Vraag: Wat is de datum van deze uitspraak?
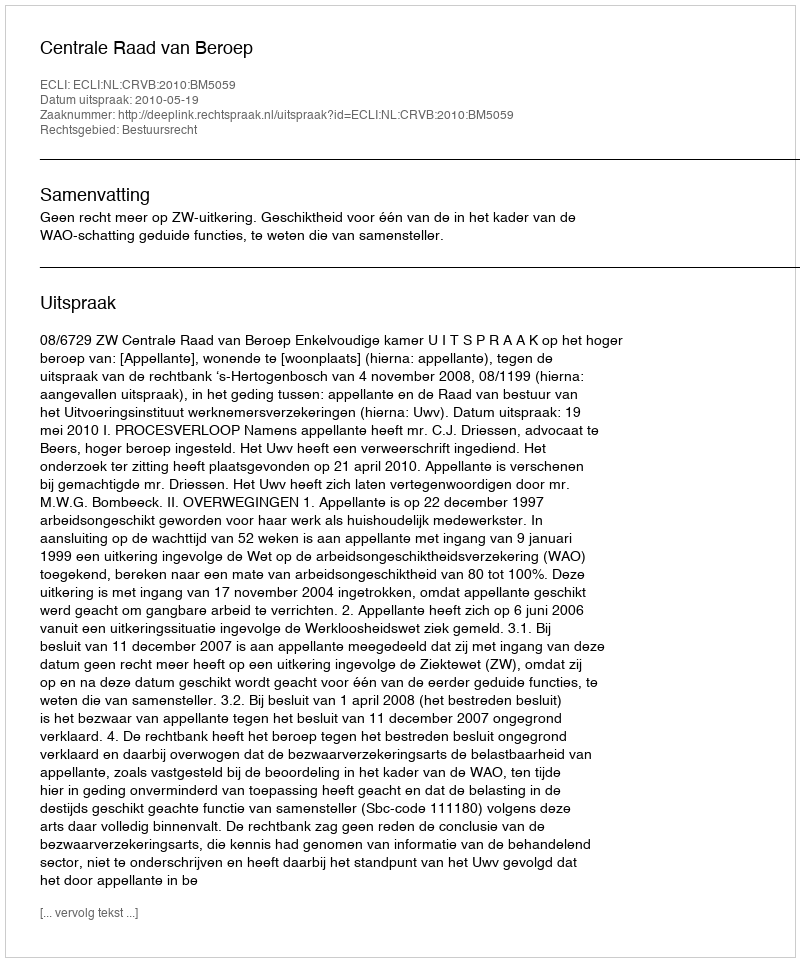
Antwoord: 2010-05-19